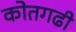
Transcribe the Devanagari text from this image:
कोतगढी